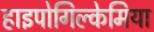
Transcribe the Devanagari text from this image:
हाइपोगिल्केमिया